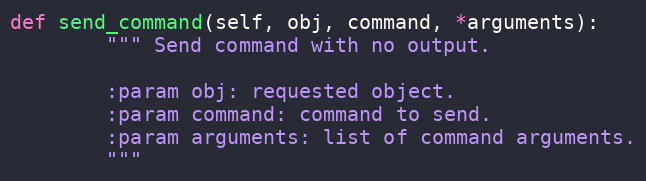
Language: Python
def send_command(self, obj, command, *arguments):
        """ Send command with no output.

        :param obj: requested object.
        :param command: command to send.
        :param arguments: list of command arguments.
        """